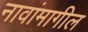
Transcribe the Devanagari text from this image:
नावांमागील